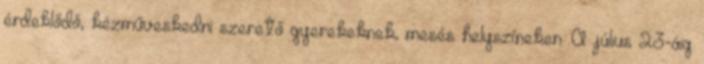
érdeklődő, kézműveskedni szerető gyerekeknek, mesés helyszíneken. A július 23-áig